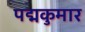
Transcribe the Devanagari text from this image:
पद्मकुमार